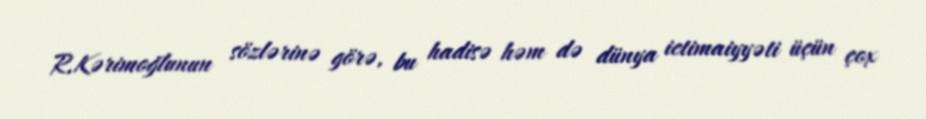
R.Kərimoğlunun sözlərinə görə, bu hadisə həm də dünya ictimaiyyəti üçün çox